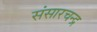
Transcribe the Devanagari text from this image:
संसारचन्द्र